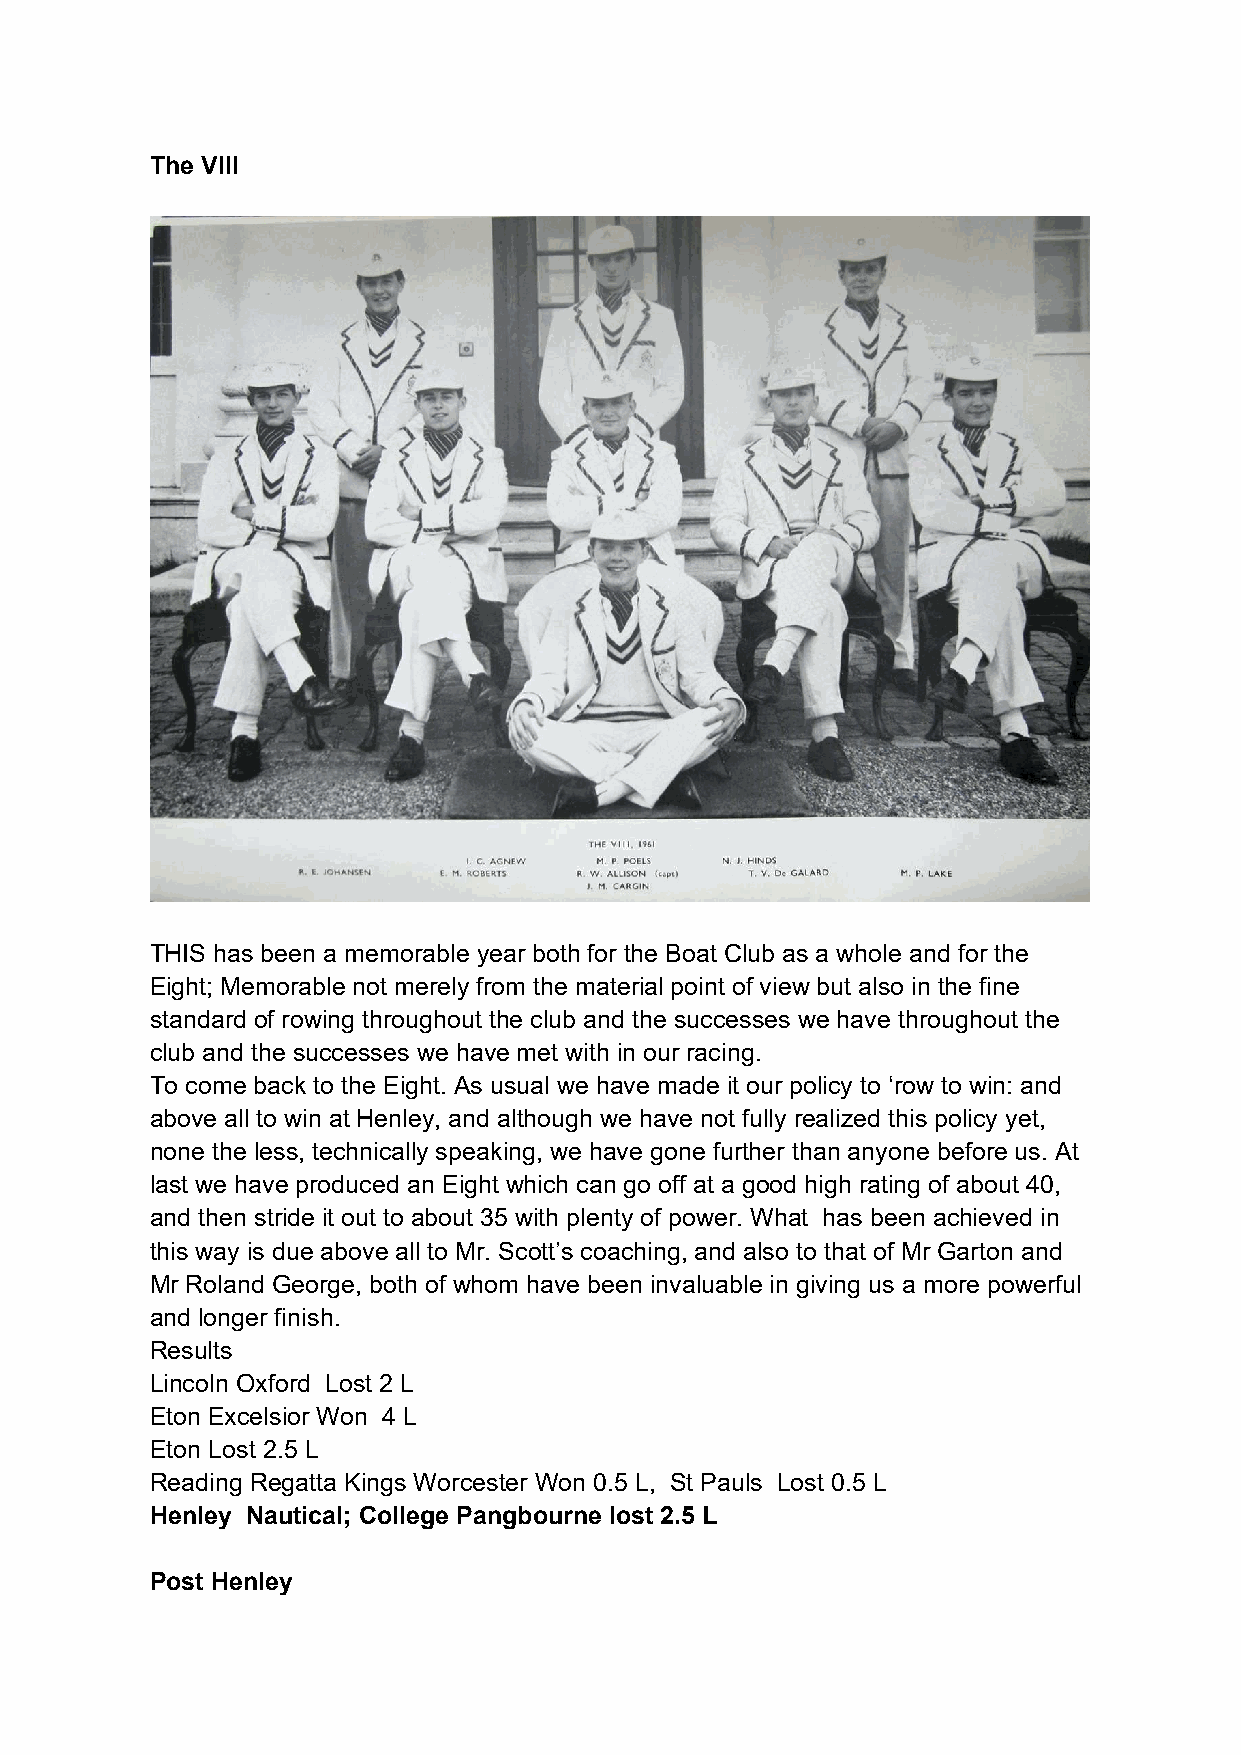
The VIII
 THIS has been a memorable year both for the Boat Club as a whole and for the
 Eight; Memorable not merely from the material point of view but also in the fine
 standard of rowing throughout the club and the successes we have throughout the
 club and the successes we have met with in our racing.
 To come back to the Eight. As usual we have made it our policy to ‘row to win: and
 above all to win at Henley, and although we have not fully realized this policy yet,
 none the less, technically speaking, we have gone further than anyone before us. At
 last we have produced an Eight which can go off at a good high rating of about 40,
 and then stride it out to about 35 with plenty of power. What has been achieved in
 this way is due above all to Mr. Scott’s coaching, and also to that of Mr Garton and
 Mr Roland George, both of whom have been invaluable in giving us a more powerful
 and longer finish.
 Results
 Lincoln Oxford Lost 2 L
 Eton Excelsior Won 4 L
 Eton Lost 2.5 L
 Reading Regatta Kings Worcester Won 0.5 L, St Pauls Lost 0.5 L
 Henley Nautical; College Pangbourne lost 2.5 L
 Post Henley